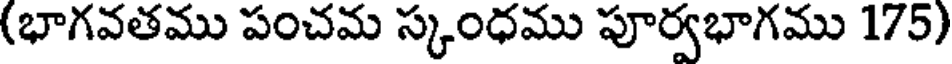
(భాగవతము పంచమ స్కంధము పూర్వభాగము 175)